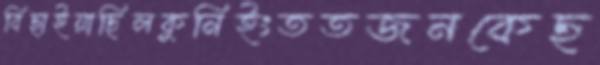
বিছাইয়াছিলকুনিইংততজনকেছ